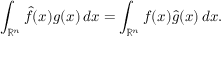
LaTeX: \int _ { \mathbb { R } ^ { n } } { \hat { f } } ( x ) g ( x ) \, d x = \int _ { \mathbb { R } ^ { n } } f ( x ) { \hat { g } } ( x ) \, d x .